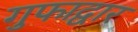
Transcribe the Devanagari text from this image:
गुफाद्वार